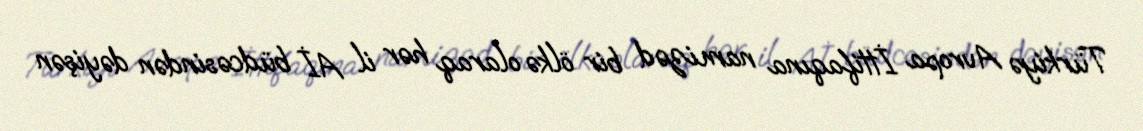
Türkiyə Avropa İttifaqına namizəd bir ölkə olaraq hər il Aİ büdcəsindən dəyişən